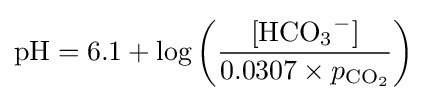
{\ce {pH}}=6.1+\log \left({\frac {[{\ce {HCO_3^-}}]}{0.0307\times p_{{\ce {CO_2}}}}}\right)